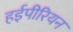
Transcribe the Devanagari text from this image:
हईपीरियन